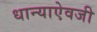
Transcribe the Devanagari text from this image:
धान्याऐवजी